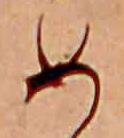
め